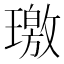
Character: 璬